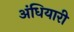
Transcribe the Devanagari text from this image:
अंधियारी